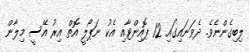
ލިބިގެންނެވެ. ދެވަނައިގައި 12 ޕޮއިންޓާއި އެކު ނަޕޯލީ އޮތް އިރު އޭސީ މިލާން